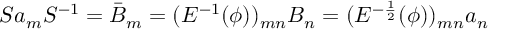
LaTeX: S a _ { m } S ^ { - 1 } = \bar { B } _ { m } = ( E ^ { - 1 } ( \phi ) ) _ { m n } B _ { n } = ( E ^ { - \frac { 1 } { 2 } } ( \phi ) ) _ { m n } a _ { n }